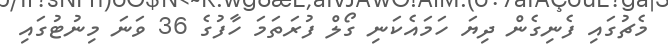
މެޗުގައި ފެނިގެން ދިޔަ ހަމައެކަނި ގޯލް ފުރަތަމަ ހާފުގެ 36 ވަނަ މިނުޓުގައި